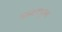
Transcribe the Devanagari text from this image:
उल्‍टापुल